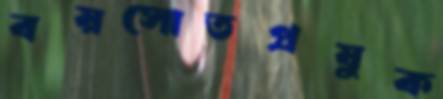
বয়সোতপ্রযুক